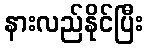
နားလည်နိုင်ပြီး